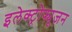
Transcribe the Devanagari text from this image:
इलेक्ट्रोफ्यूज़न